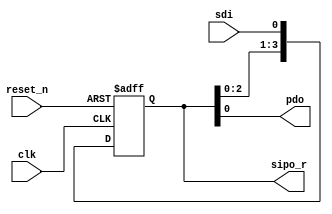
module sipo(
		input clk,
		input reset_n,	// Active Low Reset
		input sdi,	// Serial Data In

		output pdo,	// Parallel Data Out
		
		output reg [3:0]sipo_r	
					);

always @(posedge clk or negedge reset_n)
	begin
		if(!reset_n)
		begin	sipo_r = 4'b0000;	end

		else
			begin
				
				// Various Shifting Techniques
				
				// 1. 
				// sipo_r[3:0]	<=	{sipo_r[2:0],sdi};

				// 2.
				// sipo_r[3:0]	<=	(sipo_r[3:0]<<1)	+ sdi;

				// 3. 
				sipo_r[3:0]	<=	sipo_r[3:0]<<1;
				sipo_r[0]	<=	sdi;
								


			end

	end

	// Parallelly Receiving Output
	assign pdo	=	sipo_r;

endmodule